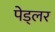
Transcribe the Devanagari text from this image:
पेड्लर